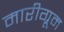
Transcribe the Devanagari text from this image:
मारीग्रूम